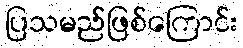
ပြသမည်ဖြစ်ကြောင်း